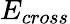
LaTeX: E_{cross}